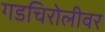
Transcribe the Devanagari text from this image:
गडचिरोलीवर